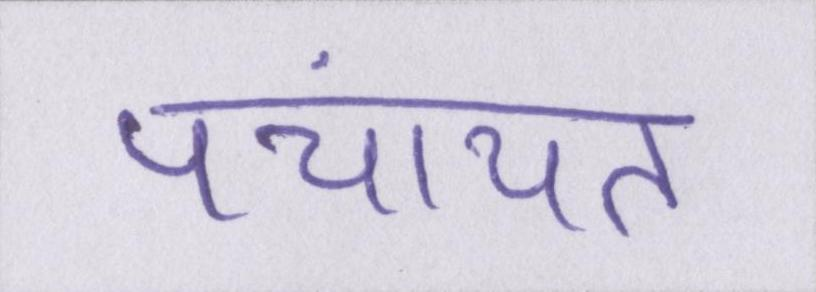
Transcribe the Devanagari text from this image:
पंचायत